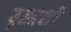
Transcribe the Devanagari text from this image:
बृह्द्देशी